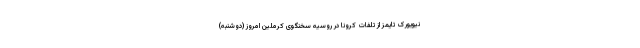
نیویورک تایمز از تلفات کرونا در روسیه سخنگوی کرملین امروز (دوشنبه)